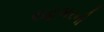
રાહબરની